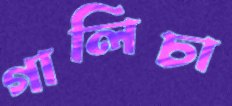
গালিচা